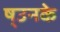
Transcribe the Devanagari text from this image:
ष्उनके